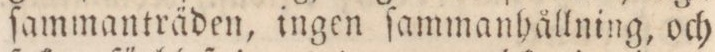
ſammanträden, ingen ſammanhållning, och